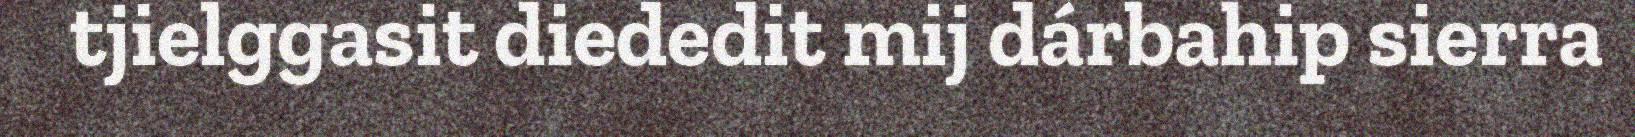
tjielggasit diededit mij dárbahip sierra